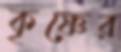
কৃষ্ণের